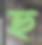
ছ